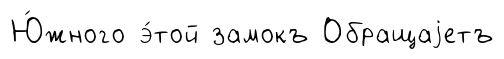
Ю́жного э́той замокъ Обращаjетъ